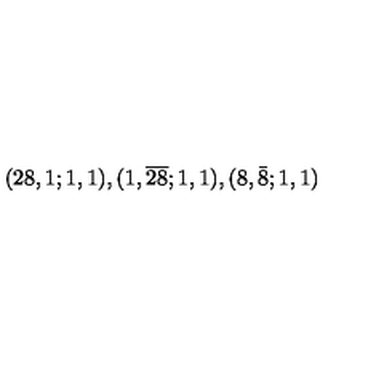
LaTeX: ( 2 8 , 1 ; 1 , 1 ) , ( 1 , \overline { { 2 8 } } ; 1 , 1 ) , ( 8 , \bar { 8 } ; 1 , 1 )